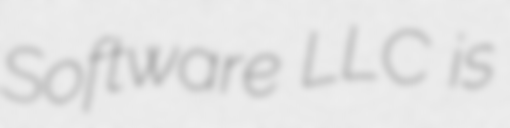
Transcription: Software LLC is